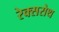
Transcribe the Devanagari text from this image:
रेक्सरोथ